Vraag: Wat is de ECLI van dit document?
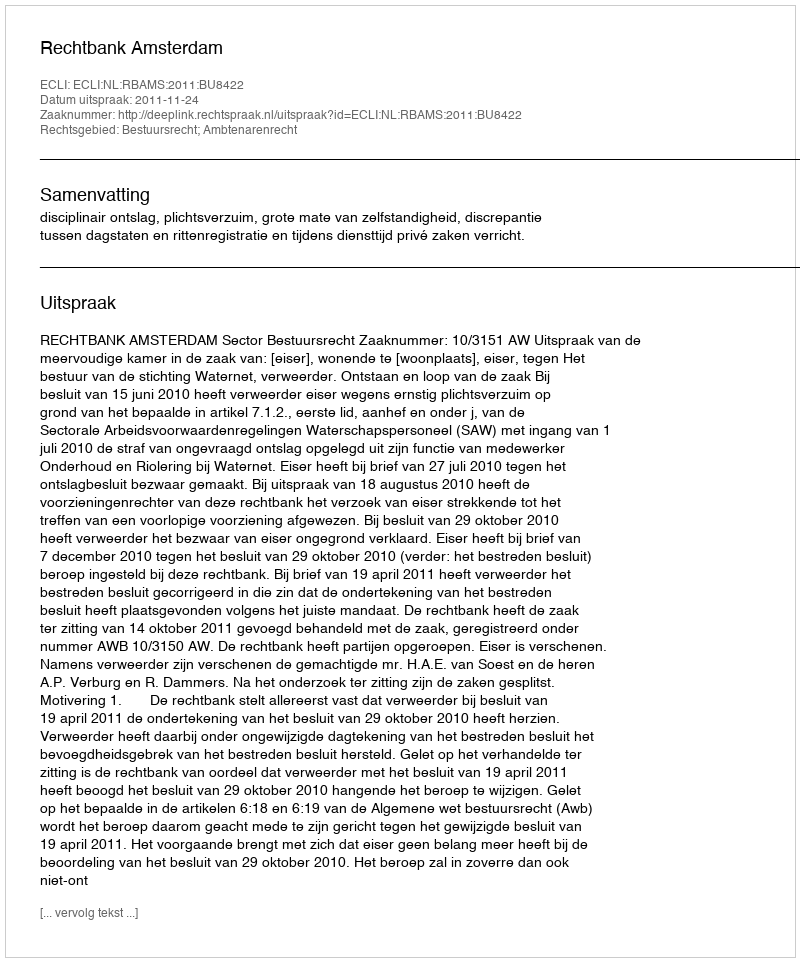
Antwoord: ECLI:NL:RBAMS:2011:BU8422